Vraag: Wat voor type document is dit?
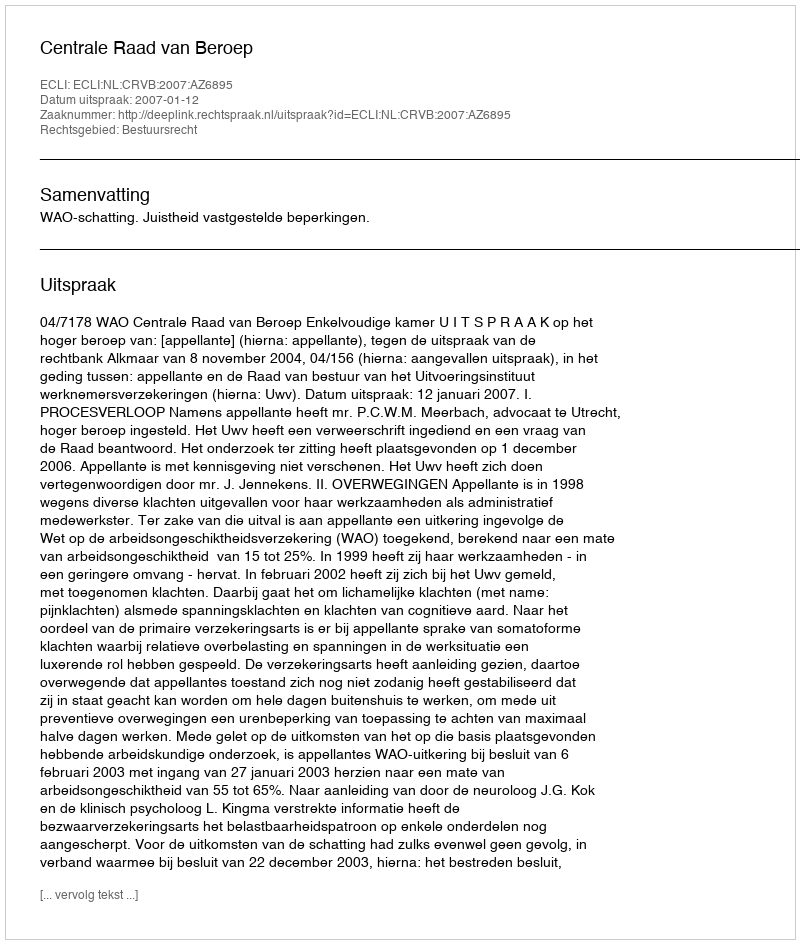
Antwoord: Uitspraak